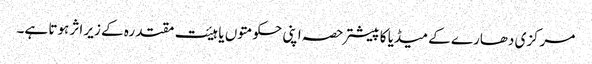
مرکزی دھارے کے میڈیا کا پیشتر حصہ اپنی حکومتوں یا ہیئت مقتدرہ کے زیر اثر ہوتا ہے۔